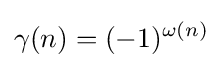
\gamma (n)=(-1)^{\omega (n)}